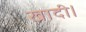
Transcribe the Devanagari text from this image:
खादी।